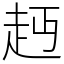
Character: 䞛